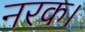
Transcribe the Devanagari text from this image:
नरक।